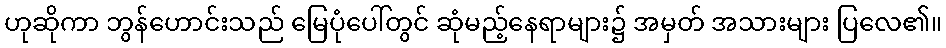
ဟုဆိုကာ ဘွန်ဟောင်းသည် မြေပုံပေါ်တွင် ဆုံမည့်နေရာများ၌ အမှတ် အသားများ ပြလေ၏။